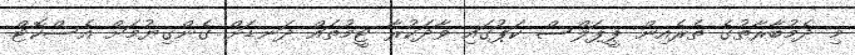
މި ދެމުބާރާތުގެ ތެރެއިން ޕީޕަލްސް ކަޕުގައި ވާދަކުރާ ޓީމުތައް ދަނޑަށް ގެންގިޔުމަށް އެސްކޮޓް